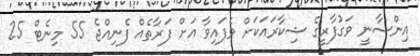
އިންސާނީ ވަގުފާރީގެ ޝިކާރައަކަށް ވެފައިވާ އަށް ފަރާތެއް ފެނިއްޖެ 55 މިނެޓް 25